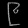
Digit: ၉